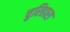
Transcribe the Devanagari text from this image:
चुरिहारा